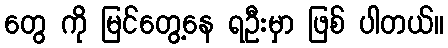
တွေ ကို မြင်တွေ့နေ ရဦးမှာ ဖြစ် ပါတယ်။